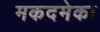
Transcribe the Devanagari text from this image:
मकदमेका